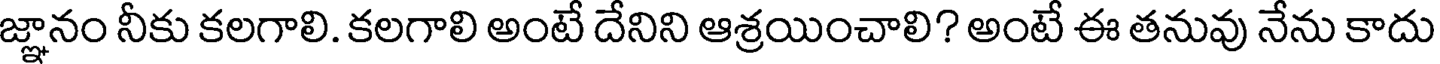
జ్ఞానం నీకు కలగాలి. కలగాలి అంటే దేనిని ఆశ్రయించాలి? అంటే ఈ తనువు నేను కాదు